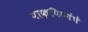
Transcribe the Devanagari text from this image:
पाक्षिकांचे